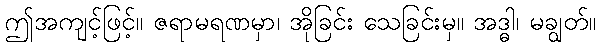
ဤအကျင့်ဖြင့်။ ဇရာမရဏမှာ၊ အိုခြင်း သေခြင်းမှ။ အဒ္ဓါ၊ မချွတ်။